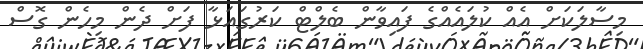
މިސާލަކަށް އެއް ކުލައެއްގެ ފައިވާން ބެލްޓް ކަރުގައަޅާ ފަށް ދެން މިހެން ގޮސް